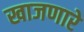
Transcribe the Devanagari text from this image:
खाजणारे